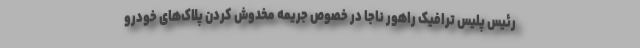
رئیس پلیس ترافیک راهور ناجا در خصوص جریمه مخدوش کردن پلاک‌های خودرو